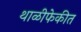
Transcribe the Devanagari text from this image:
थाळीफेकीत